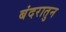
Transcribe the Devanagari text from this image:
बंदरातुन